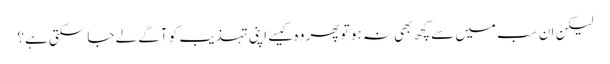
لیکن ان سب میں سے کچھ بھی نہ ہو تو پھر وہ کیسے اپنی تہذیب کو آگے لے جا سکتی ہے؟